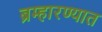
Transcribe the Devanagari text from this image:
ब्रम्हारण्यात